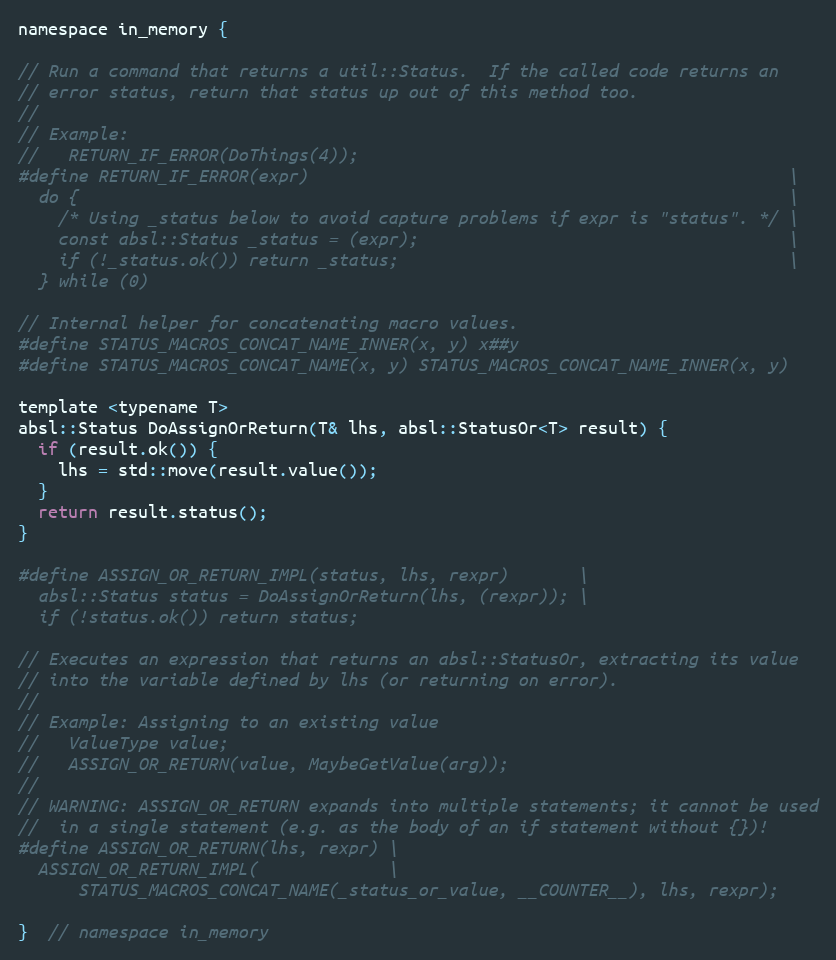
Language: C
namespace in_memory {

// Run a command that returns a util::Status.  If the called code returns an
// error status, return that status up out of this method too.
//
// Example:
//   RETURN_IF_ERROR(DoThings(4));
#define RETURN_IF_ERROR(expr)                                                \
  do {                                                                       \
    /* Using _status below to avoid capture problems if expr is "status". */ \
    const absl::Status _status = (expr);                                     \
    if (!_status.ok()) return _status;                                       \
  } while (0)

// Internal helper for concatenating macro values.
#define STATUS_MACROS_CONCAT_NAME_INNER(x, y) x##y
#define STATUS_MACROS_CONCAT_NAME(x, y) STATUS_MACROS_CONCAT_NAME_INNER(x, y)

template <typename T>
absl::Status DoAssignOrReturn(T& lhs, absl::StatusOr<T> result) {
  if (result.ok()) {
    lhs = std::move(result.value());
  }
  return result.status();
}

#define ASSIGN_OR_RETURN_IMPL(status, lhs, rexpr)       \
  absl::Status status = DoAssignOrReturn(lhs, (rexpr)); \
  if (!status.ok()) return status;

// Executes an expression that returns an absl::StatusOr, extracting its value
// into the variable defined by lhs (or returning on error).
//
// Example: Assigning to an existing value
//   ValueType value;
//   ASSIGN_OR_RETURN(value, MaybeGetValue(arg));
//
// WARNING: ASSIGN_OR_RETURN expands into multiple statements; it cannot be used
//  in a single statement (e.g. as the body of an if statement without {})!
#define ASSIGN_OR_RETURN(lhs, rexpr) \
  ASSIGN_OR_RETURN_IMPL(             \
      STATUS_MACROS_CONCAT_NAME(_status_or_value, __COUNTER__), lhs, rexpr);

}  // namespace in_memory